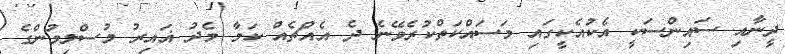
ދީނާއި ސައިންސަކީ އެކުއެކީގައި މަސައްކަތްކުރެވޭނެ ދެ އެއްޗެއް ކަމާ މެދު ޣައިރު މުސްލިމުންގެ